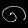
Digit: ၈